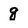
Character: g